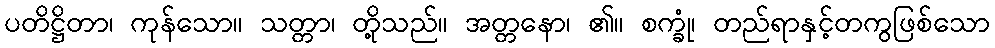
ပတိဋ္ဌိတာ၊ ကုန်သော။ သတ္တာ၊ တို့သည်။ အတ္တနော၊ ၏။ စက္ခုံ၊ တည်ရာနှင့်တကွဖြစ်သော